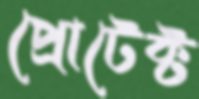
প্রোটেক্ট